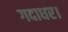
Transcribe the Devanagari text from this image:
गदाधर।